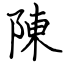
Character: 陳